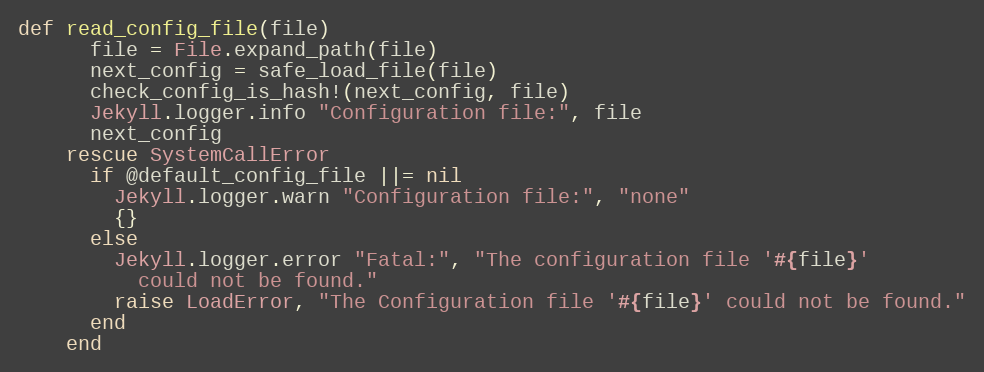
Language: Ruby
def read_config_file(file)
      file = File.expand_path(file)
      next_config = safe_load_file(file)
      check_config_is_hash!(next_config, file)
      Jekyll.logger.info "Configuration file:", file
      next_config
    rescue SystemCallError
      if @default_config_file ||= nil
        Jekyll.logger.warn "Configuration file:", "none"
        {}
      else
        Jekyll.logger.error "Fatal:", "The configuration file '#{file}'
          could not be found."
        raise LoadError, "The Configuration file '#{file}' could not be found."
      end
    end